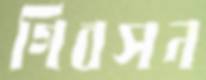
গিবসন